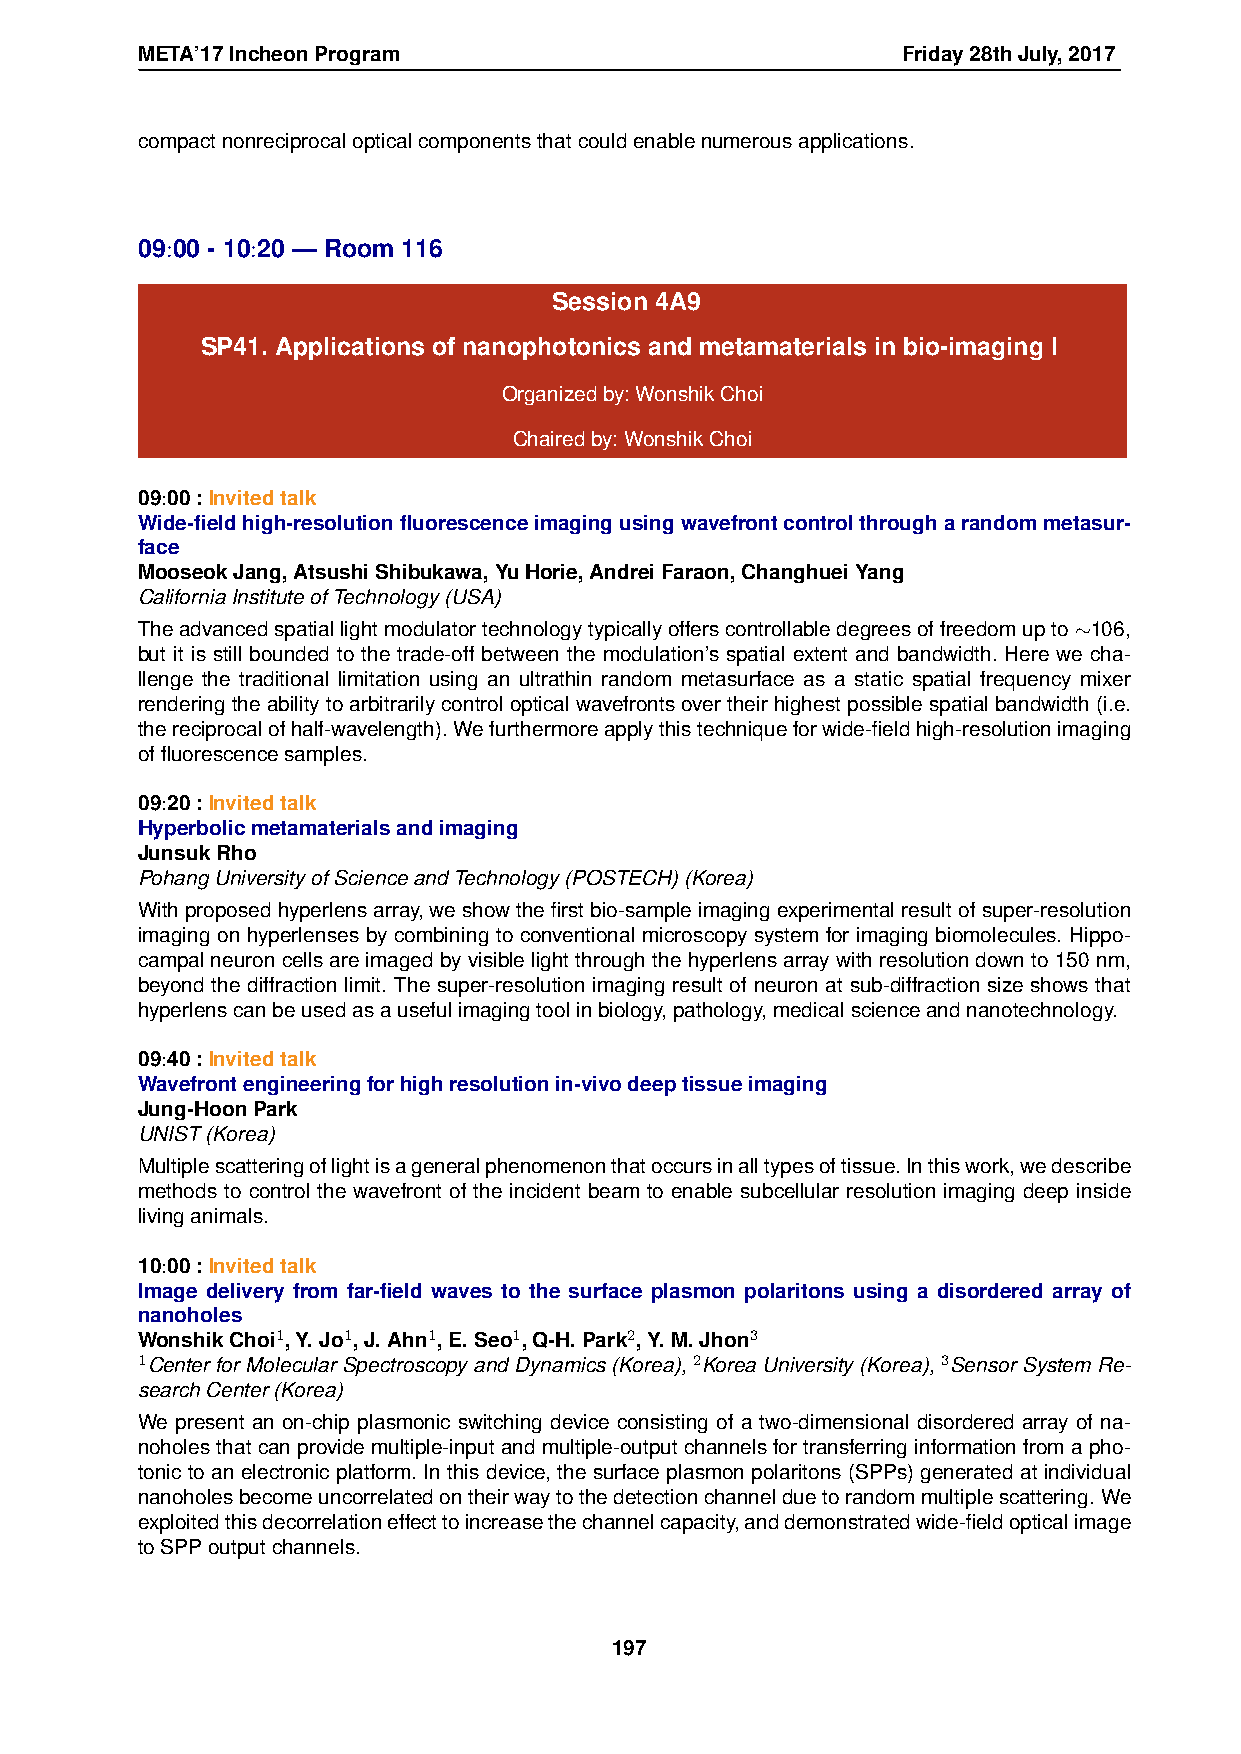
META’17IncheonProgram                              Friday28thJuly,2017
 compactnonreciprocalopticalcomponentsthatcouldenablenumerousapplications.
 09:00 - 10:20 — Room 116
 Session 4A9
 SP41. Applications of nanophotonics and metamaterials in bio-imaging I
 Organizedby:WonshikChoi
 Chairedby:WonshikChoi
 09:00:Invitedtalk
 Wide-fieldhigh-resolutionfluorescenceimagingusingwavefrontcontrolthrougharandommetasur-
 face
 MooseokJang,AtsushiShibukawa,YuHorie,AndreiFaraon,ChanghueiYang
 CaliforniaInstituteofTechnology(USA)
 Theadvancedspatiallightmodulatortechnologytypicallyofferscontrollabledegreesoffreedomupto∼106,
 but it is still bounded to the trade-off between the modulation’s spatial extent and bandwidth. Here we cha-
 llenge the traditional limitation using an ultrathin random metasurface as a static spatial frequency mixer
 renderingtheabilitytoarbitrarilycontrolopticalwavefrontsovertheirhighestpossiblespatialbandwidth(i.e.
 thereciprocalofhalf-wavelength).Wefurthermoreapplythistechniqueforwide-fieldhigh-resolutionimaging
 offluorescencesamples.
 09:20:Invitedtalk
 Hyperbolicmetamaterialsandimaging
 JunsukRho
 PohangUniversityofScienceandTechnology(POSTECH)(Korea)
 Withproposedhyperlensarray,weshowthefirstbio-sampleimagingexperimentalresultofsuper-resolution
 imaging on hyperlenses by combining to conventional microscopy system for imaging biomolecules. Hippo-
 campalneuroncellsareimagedbyvisiblelightthroughthehyperlensarraywithresolutiondownto150nm,
 beyond the diffraction limit. The super-resolution imaging result of neuron at sub-diffraction size shows that
 hyperlenscanbeusedasausefulimagingtoolinbiology,pathology,medicalscienceandnanotechnology.
 09:40:Invitedtalk
 Wavefrontengineeringforhighresolutionin-vivodeeptissueimaging
 Jung-HoonPark
 UNIST(Korea)
 Multiplescatteringoflightisageneralphenomenonthatoccursinalltypesoftissue.Inthiswork,wedescribe
 methods to control the wavefront of the incident beam to enable subcellular resolution imaging deep inside
 livinganimals.
 10:00:Invitedtalk
 Image delivery from far-field waves to the surface plasmon polaritons using a disordered array of
 nanoholes
 WonshikChoi1,Y.Jo1,J.Ahn1,E.Seo1,Q-H.Park2,Y.M.Jhon3
 1Center for Molecular Spectroscopy and Dynamics (Korea), 2Korea University (Korea), 3Sensor System Re-
 searchCenter(Korea)
 We present an on-chip plasmonic switching device consisting of a two-dimensional disordered array of na-
 noholes that can provide multiple-input and multiple-output channels for transferring information from a pho-
 tonic to an electronic platform. In this device, the surface plasmon polaritons (SPPs) generated at individual
 nanoholesbecomeuncorrelatedontheirwaytothedetectionchannelduetorandommultiplescattering.We
 exploitedthisdecorrelationeffecttoincreasethechannelcapacity,anddemonstratedwide-fieldopticalimage
 toSPPoutputchannels.
 197